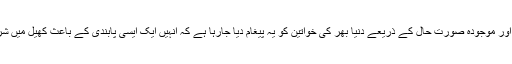
انہوں نے کہا کہ خواتین میں فٹ بال کا کھیل انتہائی مقبول ہے اور موجودہ صورتِ حال کے ذریعے دنیا بھر کی خواتین کو یہ پیغام دیا جارہا ہے کہ انہیں ایک ایسی پابندی کے باعث کھیل میں شرکت کی اجازت نہیں دی جاسکتی جس کی کوئی بنیاد نہیں ہے۔